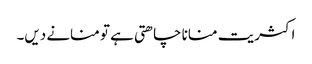
اکثریت منانا چاھتی ہے تو منانے دیں۔